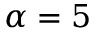
\alpha = 5